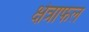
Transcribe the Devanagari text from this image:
क्षेत्राफल